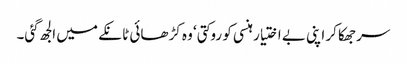
سر جھکا کر اپنی بے اختیار ہنسی کو روکتی‘ وہ کڑھائی ٹانکے میں الجھ گئی۔